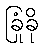
ခြုံခို